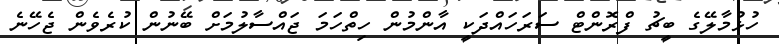
ހުޅުމާލޭގެ ބީޗު ފްރޮންޓް ސަރަހައްދަކީ އާންމުން ހިތްހަމަ ޖައްސާލުމަށް ބޭނުން ކުރެވެން ޖެހޭނެ